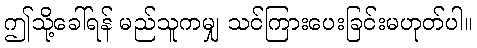
ဤသို့ခေါ်ရန် မည်သူကမျှ သင်ကြားပေးခြင်းမဟုတ်ပါ။